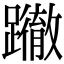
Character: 𨇂